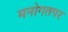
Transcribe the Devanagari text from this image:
मनोगतपर